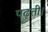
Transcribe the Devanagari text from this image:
पढ़ती।